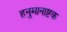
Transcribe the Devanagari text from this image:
हनुमानाष्टक